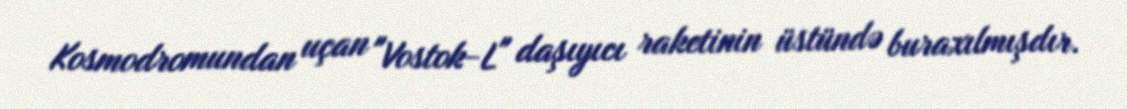
Kosmodromundan uçan "Vostok-L" daşıyıcı raketinin üstündə buraxılmışdır.